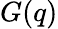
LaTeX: G(q)